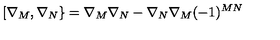
[ \nabla _ { M } , \nabla _ { N } \} = \nabla _ { M } \nabla _ { N } - \nabla _ { N } \nabla _ { M } ( - 1 ) ^ { M N }